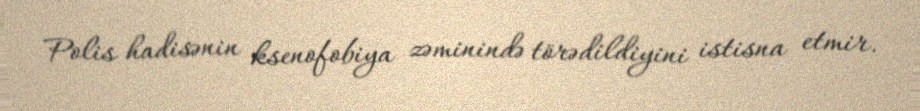
Polis hadisənin ksenofobiya zəminində törədildiyini istisna etmir.